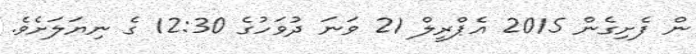
ން ފެށިގެން 2015 އެޕްރީލް 21 ވަނަ ދުވަހުގެ 12:30 ގެ ނިޔަލަށެވެ.